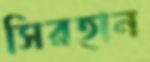
সিরহান